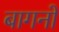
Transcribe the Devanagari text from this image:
बागनों